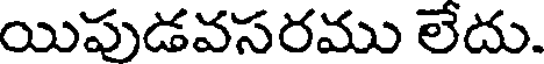
యిపుడవసరము లేదు.